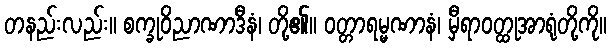
တနည်းလည်း။ စက္ခုဝိညာဏာဒီနံ၊ တို့၏။ ဝတ္တာရမ္မဏာနံ၊ မှီရာဝတ္ထုအာရုံတို့ကို။